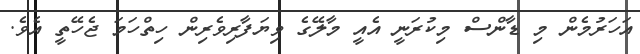
އަހަރުމެން މި ޑާންސް މިކުރަނީ އެއީ މާލޭގެ ވިޔަފާރިވެރިން ހިތްހަމަ ޖެހޭތީ އެވެ.